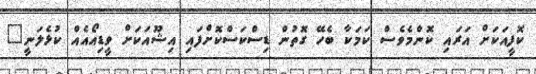
ކޮފީއަކަށް އަރައި ކޮންމެވެސް ކަމަކާ ބެހޭ ގޮތުން ޑިސްކަސްކޮށްފައި އިޝޫއަކަށް ވީޑިއޯއެއް ކުޅެލަނީ"